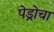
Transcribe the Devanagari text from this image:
पेड्रोचा